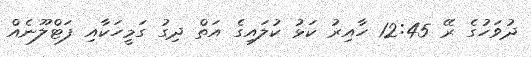
ދުވަހުގެ ރޭ 12:45 ހާއިރު ކަޅު ކުލައިގެ އަތް ދިގު ގަމީހަކާއި ފަޓްލޫނެއް